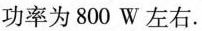
功率为800W左右。